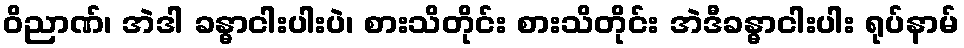
ဝိညာဏ်၊ အဲဒါ ခန္ဓာငါးပါးပဲ၊ စားသိတိုင်း စားသိတိုင်း အဲဒီခန္ဓာငါးပါး ရုပ်နာမ်